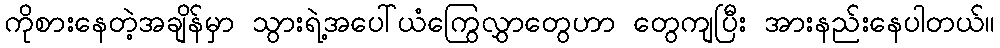
ကိုစားနေတဲ့အချိန်မှာ သွားရဲ့အပေါ်ယံကြွေလွှာတွေဟာ တွေကျပြီး အားနည်းနေပါတယ်။